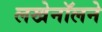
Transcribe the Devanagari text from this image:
लखेनॉलने